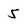
Character: 5